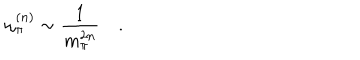
LaTeX: \omega _ { \pi } ^ { ( n ) } \sim \frac { 1 } { m _ { \pi } ^ { 2 n } } \quad .